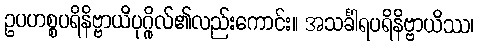
ဥပဟစ္စပရိနိဗ္ဗာယိပုဂ္ဂိုလ်၏လည်းကောင်း။ အသင်္ခါရပရိနိဗ္ဗာယိဿ၊